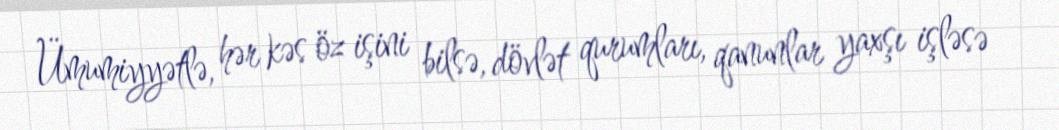
Ümumiyyətlə, hər kəs öz işini bilsə, dövlət qurumları, qanunlar yaxşı işləsə